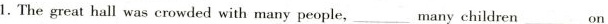
1. The great hall was crowded with many people,___many children___on